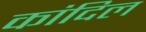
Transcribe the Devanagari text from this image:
कांदिल